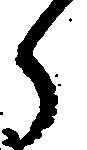
ら